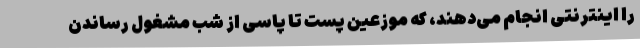
را اینترنتی انجام می‌دهند، که موزعین پست تا پاسی از شب مشغول رساندن